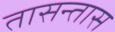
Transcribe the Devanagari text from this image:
तासन्तास